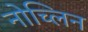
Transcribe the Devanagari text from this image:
नोच्लिन